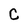
Character: C